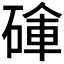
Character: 𥔚